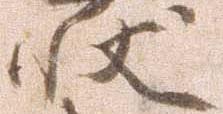
状